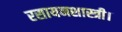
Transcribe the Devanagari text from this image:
रसायनशास्त्री।